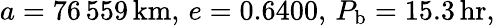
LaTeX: a=76\, 559\, \mathrm{km},\, e=0.6400,\, P_{\mathrm{b}}=15.3\, \mathrm{hr},